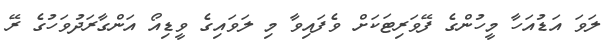
ލަވަ އަޑުއަހާ މީހުންގެ ފޭވަރިޓަކަށް ވެފައިވާ މި ލަވައިގެ ވީޑިއޯ އަންގާރަދުވަހުގެ ރޭ